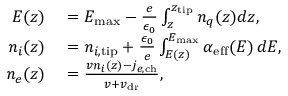
\begin{array} { r l } { E ( z ) } & { { } = E _ { \mathrm { m a x } } - \frac e { \epsilon _ { 0 } } \int _ { z } ^ { z _ { \mathrm { t i p } } } n _ { q } ( z ) d z , } \\ { n _ { i } ( z ) } & { { } = n _ { i , \mathrm { t i p } } + \frac { \epsilon _ { 0 } } { e } \int _ { E ( z ) } ^ { E _ { \mathrm { m a x } } } \alpha _ { \mathrm { e f f } } ( E ) \, d E , } \\ { n _ { e } ( z ) } & { { } = \frac { v n _ { i } ( z ) - j _ { e , \mathrm { c h } } } { v + v _ { \mathrm { d r } } } , } \end{array}